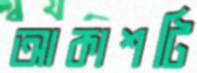
আকাশটি